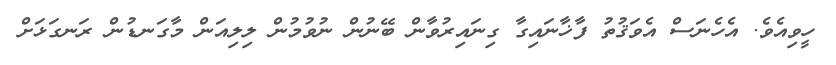
ހީވިއެވެ. އެހެނަސް އެވަޤުތު ފާޚާނައިގާ ގިނައިރުވާން ބޭނުން ނުވުމުން ލިލިއަން މާގަނޑުން ރަނގަޅަށް